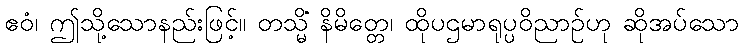
ဧဝံ၊ ဤသို့သောနည်းဖြင့်။ တသ္မိံ နိမိတ္တေ၊ ထိုပဌမာရုပ္ပဝိညာဉ်ဟု ဆိုအပ်သော